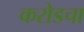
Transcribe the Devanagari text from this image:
करोडचा